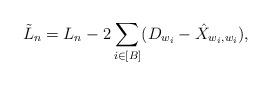
LaTeX: \begin{align*}\tilde{L}_n=L_n-2\sum_{i\in[B]}(D_{w_i}-\hat{X}_{w_i,w_i}),\end{align*}